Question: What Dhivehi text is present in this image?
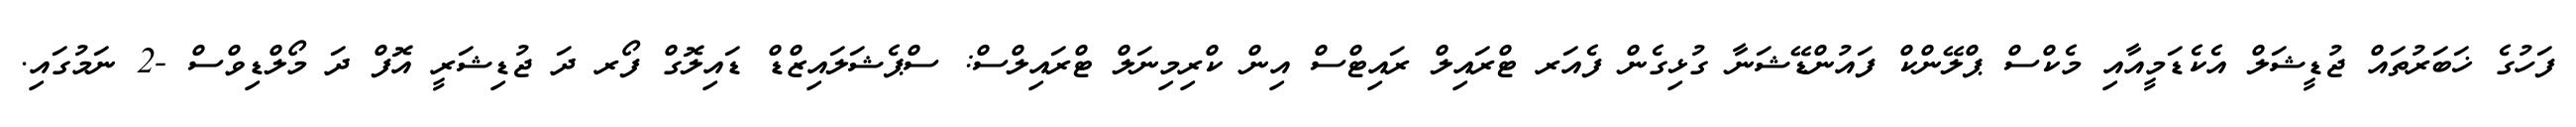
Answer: ފަހުގެ ޚަބަރުތައް ޖުޑީޝަލް އެކެޑަމީއާއި މެކްސް ޕްލޭންކް ފައުންޑޭޝަނާ ގުޅިގެން ފެއަރ ޓްރައިލް ރައިޓްސް އިން ކްރިމިނަލް ޓްރައިލްސް: ސްޕެޝަލައިޒްޑް ޑައިލޮގް ފޯރ ދަ ޖުޑިޝަރީ އޮފް ދަ މޯލްޑިވްސް -2 ނަމުގައި.